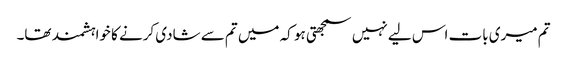
تم میری بات اس لیے نہیں سمجھتی ہو کہ میں تم سے شادی کرنے کا خواہشمند تھا۔